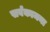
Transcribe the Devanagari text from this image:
सर्वकामना